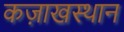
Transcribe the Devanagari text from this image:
कज़ाखस्थान